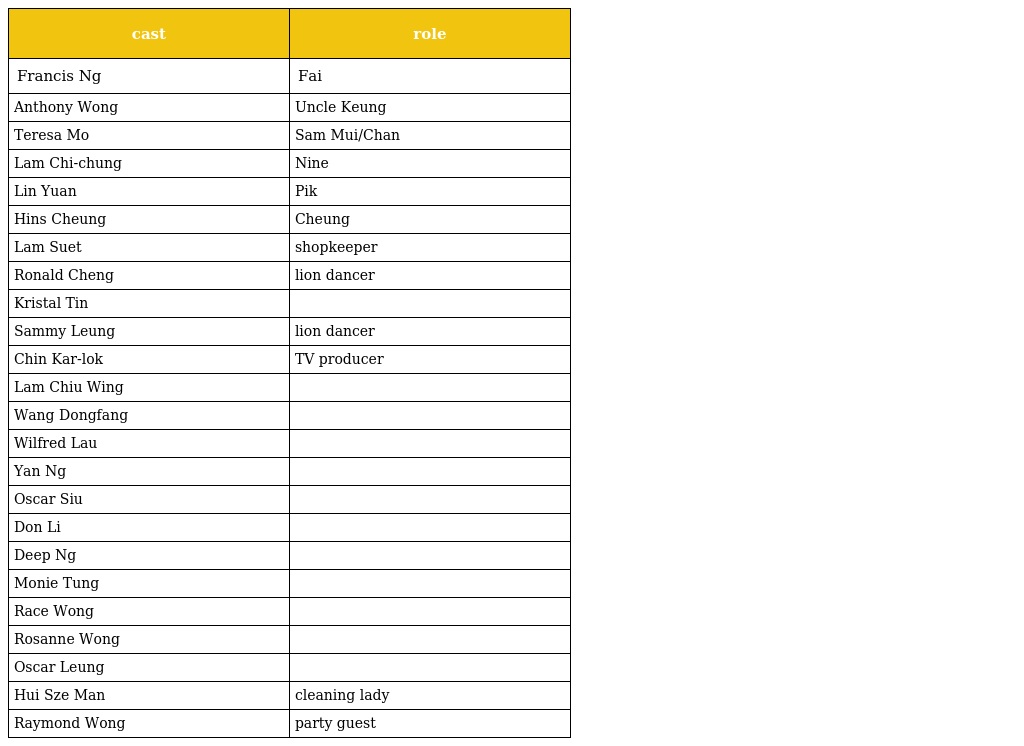
| cast | role |
 | --- | --- |
 | Francis Ng | Fai |
 | Anthony Wong | Uncle Keung |
 | Teresa Mo | Sam Mui/Chan |
 | Lam Chi-chung | Nine |
 | Lin Yuan | Pik |
 | Hins Cheung | Cheung |
 | Lam Suet | shopkeeper |
 | Ronald Cheng | lion dancer |
 | Kristal Tin |  |
 | Sammy Leung | lion dancer |
 | Chin Kar-lok | TV producer |
 | Lam Chiu Wing |  |
 | Wang Dongfang |  |
 | Wilfred Lau |  |
 | Yan Ng |  |
 | Oscar Siu |  |
 | Don Li |  |
 | Deep Ng |  |
 | Monie Tung |  |
 | Race Wong |  |
 | Rosanne Wong |  |
 | Oscar Leung |  |
 | Hui Sze Man | cleaning lady |
 | Raymond Wong | party guest |